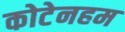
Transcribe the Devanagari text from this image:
कोटेनहम